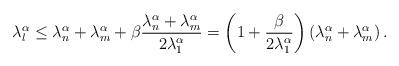
LaTeX: \begin{align*}\lambda_l^\alpha \le \lambda_n^\alpha + \lambda_m^\alpha + \beta\frac{\lambda_n^\alpha + \lambda_m^\alpha}{2\lambda_1^\alpha}= \left( 1+ \frac{\beta}{2 \lambda_1^\alpha} \right) \left( \lambda_n^\alpha + \lambda_m^\alpha \right). \end{align*}